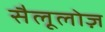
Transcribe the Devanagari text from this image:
सैलूलोज़